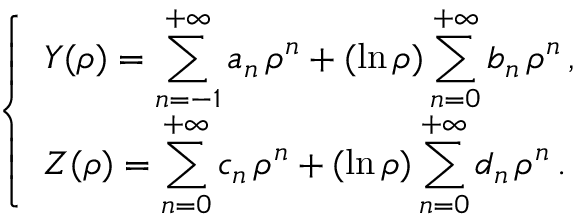
\left\{ \begin{array} { l l } { { \displaystyle Y ( \rho ) = \sum _ { n = - 1 } ^ { + \infty } a _ { n } \, \rho ^ { n } + ( \ln \rho ) \sum _ { n = 0 } ^ { + \infty } b _ { n } \, \rho ^ { n } } \, , } \\ { { \displaystyle Z ( \rho ) = \sum _ { n = 0 } ^ { + \infty } c _ { n } \, \rho ^ { n } + ( \ln \rho ) \sum _ { n = 0 } ^ { + \infty } d _ { n } \, \rho ^ { n } } \, . } \end{array} \right.